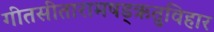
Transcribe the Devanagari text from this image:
गीतसीतारामषड्ऋतुविहार